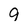
Character: 9